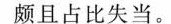
颇且占比失当。